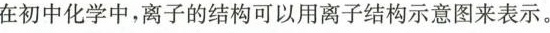
在初中化学中，离子的结构可以用离子结构示意图来表示。